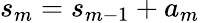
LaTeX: s_{m}=s_{m-1}+a_{m}